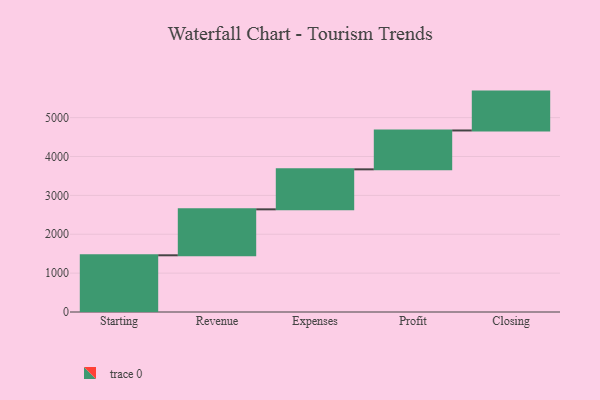
{"axis": {"x": "Step", "y": "Value"}, "legend": [""], "data": [{"x": "Starting", "y": 1459.0, "type": ""}, {"x": "Revenue", "y": 1182.0, "type": ""}, {"x": "Expenses", "y": 1029.0, "type": ""}, {"x": "Profit", "y": 1000, "type": ""}, {"x": "Closing", "y": 1000, "type": ""}]}